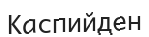
Каспийден